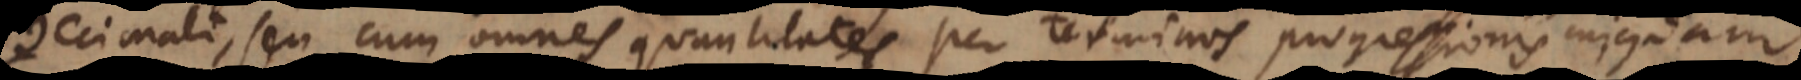
decimali, seu cum omnes quantitates per terminos progressionis cujusdam